Scottish Leaving Certificate Examination, 1958
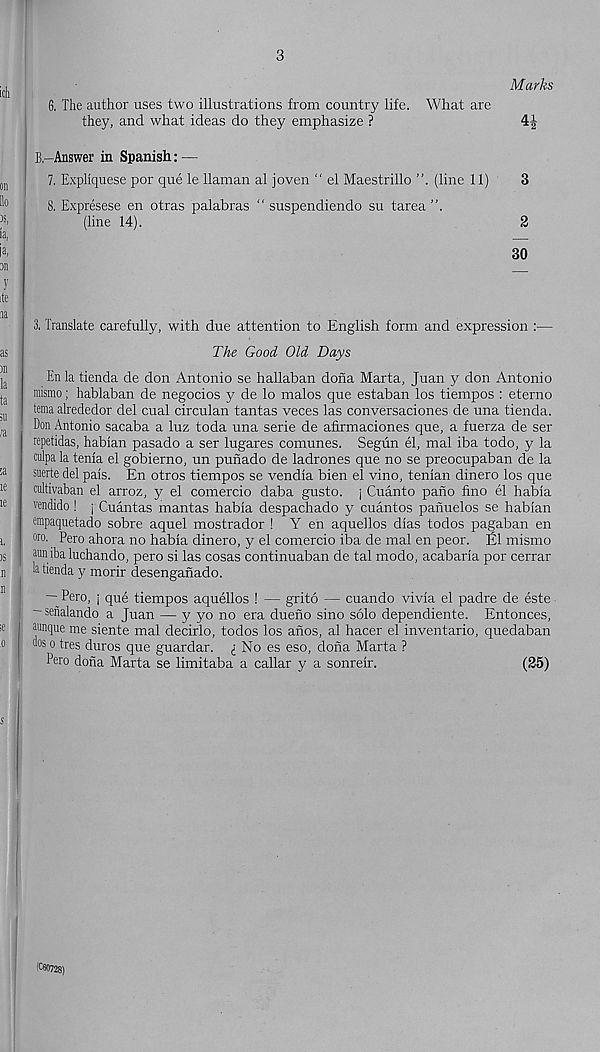
3
Marks
6. The author uses two illustrations from country life. What are
they, and what ideas do they emphasize ?
4J
B.-Answer in Spanish: —
7. Expliquese por que le Hainan al joven “ el Maestrillo (line 11)
3
8. Expresese en otras palabras “ suspendiendo su tarea
(line 14).
2
30
3. Translate carefully, with due attention to English form and expression :—
The Good Old Days
En la tienda de don Antonio se hallaban dona Marta, Juan y don Antonio
mismo; hablaban de negocios y de lo malos que estaban los tiempos : eterno
tema alrededor del cual circulan tantas veces las conversaciones de una tienda.
Don Antonio sacaba a luz toda una serie de afirmaciones que, a fuerza de ser
repetidas, habian pasado a ser lugares comunes. Segun el, mal iba todo, y la
culpa la tenia el gobierno, un punado de ladrones que no se preocupaban de la
suerte del pais. En otros tiempos se vendia bien el vino, tenlan dinero los que
cultivaban el arroz, y el comercio daba gusto, j Cuanto pano fino el habla
vendido! j Cuantas mantas habla despachado y cuantos panuelos se habian
empaquetado sobre aquel mostrador ! Y en aquellos dias todos pagaban en
oro, Pero ahora no habia dinero, y el comercio iba de mal en peor. El mismo
aim iba luchando, pero si las cosas continuaban de tal modo, acabaria por cerrar
la tienda y morir desenganado.
— Pero, i que tiempos aquellos 1 — grito — cuando vivia el padre de este
- senalando a Juan — y yo no era dueno sino solo dependiente. Entonces,
aunque me siente mal decirlo, todos los anos, al hacer el inventario, quedaban
Ms o tres duros que guardar. i No es eso, dona Marta ?
Pero dona Marta se limitaba a callar y a sonreir.
(25)
(C60728)